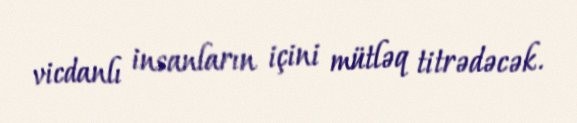
vicdanlı insanların içini mütləq titrədəcək.